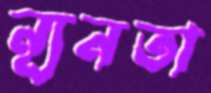
ন্যূনতা